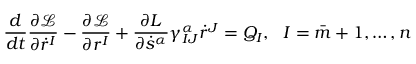
\frac { d } { d t } \frac { \partial \mathcal { L } } { \partial \dot { r } ^ { I } } - \frac { \partial \mathcal { L } } { \partial r ^ { I } } + \frac { \partial L } { \partial \dot { s } ^ { \alpha } } \gamma _ { I J } ^ { \alpha } \dot { r } ^ { J } = Q _ { I } , \ \ I = \bar { m } + 1 , \ldots , n